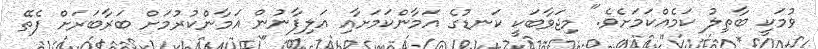
ވުމަކީ ބާޠިލު ކަމެއްކަމަށެވެ." މިޖަވާބަކީ ކަނޑުގެ އަމާންކަމަށާއި އަލިފާނުން އަމާންކުރުމަށް ބަރާބަރަށް ފެތޭ